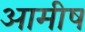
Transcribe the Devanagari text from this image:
आमीष